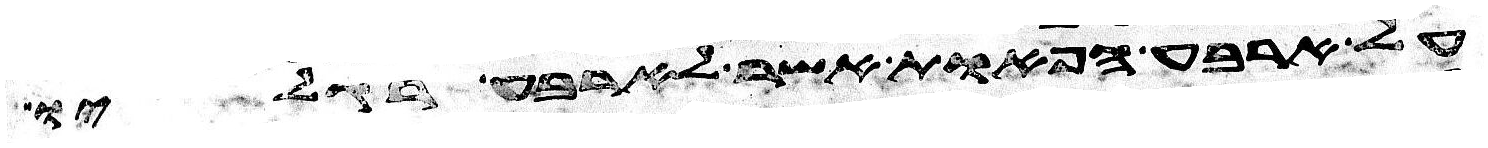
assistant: על ארבע הפאות אשר לארבע רגליו